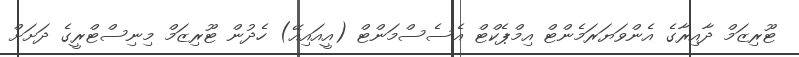
ޓޫރިިޒަމް ދާއިރާގެ އެންވަޔަރަމެންޓް އިމްޕެކްޓް އެސެސްމަންޓް (އީއައިއޭ) ހެދުން ޓޫރިޒަމް މިނިސްޓްރީގެ ދަށަށް